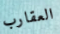
العقارب